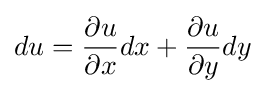
du={\frac {\partial u}{\partial x}}dx+{\frac {\partial u}{\partial y}}dy